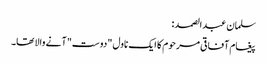
سلمان عبدالصمد:
پیغام آفاقی مرحوم کا ایک ناول "دوست" آنے والا تھا۔